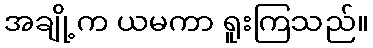
အချို့က ယမကာ ရူးကြသည်။